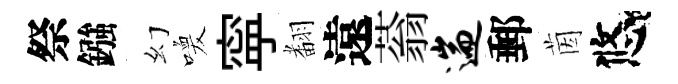
祭鏹幻喚寜𮋒遠蓊遄郵茵悠